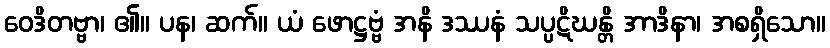
ဝေဒိတဗ္ဗာ၊ ၏။ ပန၊ ဆက်။ ယံ ဖောဋ္ဌဗ္ဗံ အနိ ဒဿနံ သပ္ပဋိဃန္တိ အာဒိနာ၊ အစရှိသော။